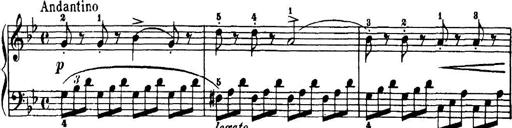
Title: 7 Sonatinas
Composer: Anton Diabelli